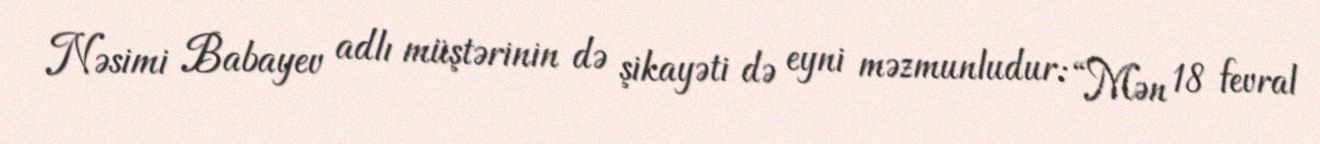
Nəsimi Babayev adlı müştərinin də şikayəti də eyni məzmunludur: “Mən 18 fevral